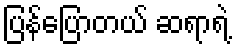
ပြန်ပြောတယ် ဆရာရဲ့